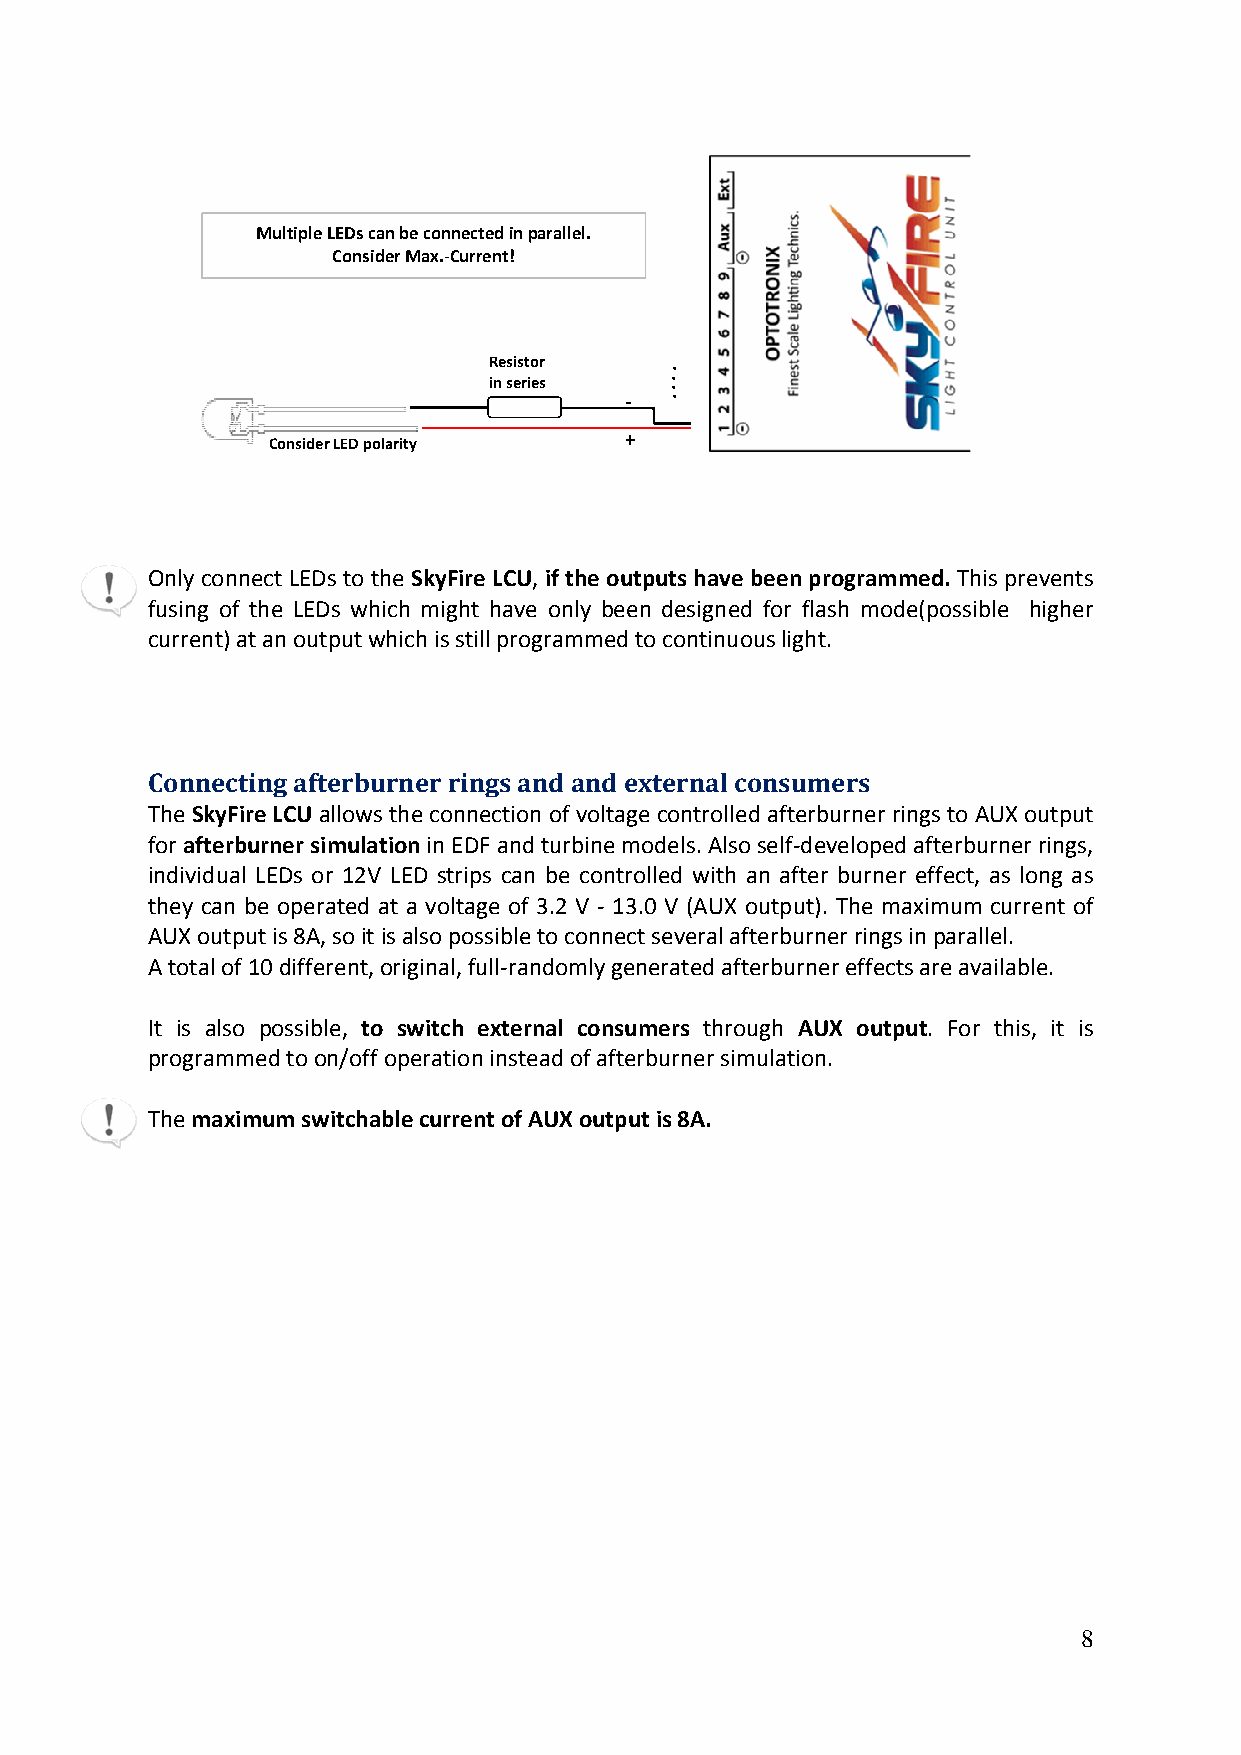
Multiple LEDs can be connected in parallel.
 Consider Max.‐Current!
 Resistor    .
 .
 in series   .
 .
 ‐
 Consider LED polarity
 +
 Only connect LEDs to the SkyFire LCU, if the outputs have been programmed. This prevents
 fusing of the LEDs which might have only been designed for flash mode(possible higher
 current) at an output which is still programmed to continuous light.
 Connecting afterburner rings and and external consumers
 The SkyFire LCU allows the connection of voltage controlled afterburner rings to AUX output
 for afterburner simulation in EDF and turbine models. Also self‐developed afterburner rings,
 individual LEDs or 12V LED strips can be controlled with an after burner effect, as long as
 they can be operated at a voltage of 3.2 V ‐ 13.0 V (AUX output). The maximum current of
 AUX output is 8A, so it is also possible to connect several afterburner rings in parallel.
 A total of 10 different, original, full‐randomly generated afterburner effects are available.
 It is also possible, to switch external consumers through AUX output. For this, it is
 programmed to on/off operation instead of afterburner simulation.
 The maximum switchable current of AUX output is 8A.
 8